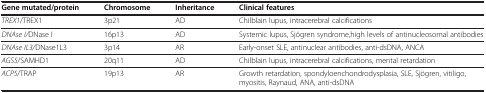
<table><thead><tr><td><b>Gene mutated/protein</b></td><td><b>Chromosome</b></td><td><b>Inheritance</b></td><td><b>Clinical features</b></td></tr></thead><tbody><tr><td><i>TREX1</i>/TREX1</td><td>3p21</td><td>AD</td><td>Chilblain lupus, intracerebral calcifications</td></tr><tr><td><i>DNAse I/</i>DNase I</td><td>16p13</td><td>AD</td><td>Systemic lupus, Sjögren syndrome,high levels of antinucleosomal antibodies</td></tr><tr><td><i>DNAse IL3/</i>DNase1L3</td><td>3p14</td><td>AR</td><td>Early-onset SLE, antinuclear antibodies, anti-dsDNA, ANCA</td></tr><tr><td><i>AGS5</i>/SAMHD1</td><td>20q11</td><td>AD</td><td>Chilblain lupus, intracerebral calcifications, mental retardation</td></tr><tr><td><i>ACP5</i>/TRAP</td><td>19p13</td><td>AR</td><td>Growth retardation, spondyloenchondrodysplasia, SLE, Sjögren, vitiligo, myositis, Raynaud, ANA, anti-dsDNA</td></tr></tbody></table>